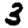
Digit: 3